Vaccination in Bombay 1902-1912 - 1902-1912
Year: 1902
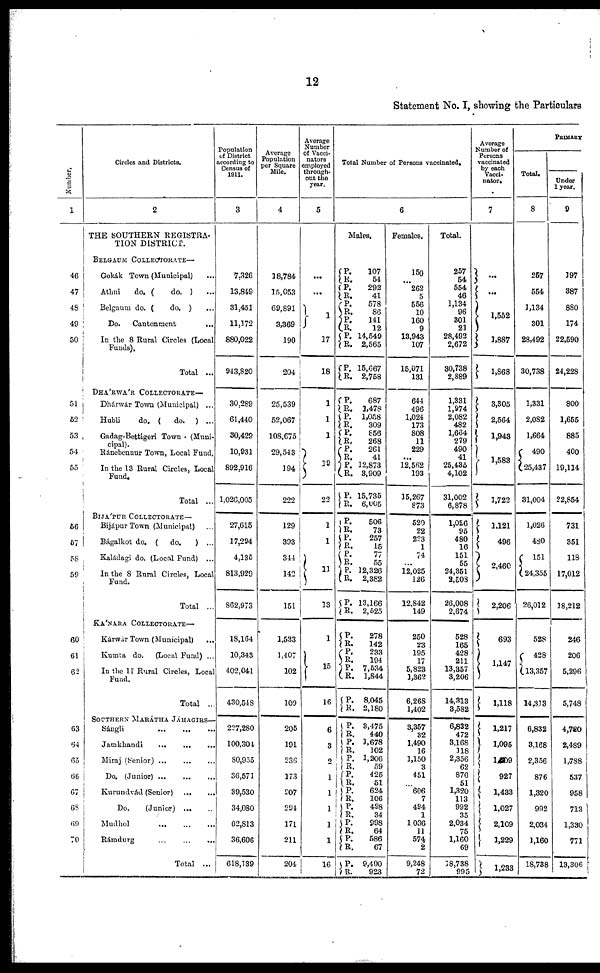
12
Statement No. I, showing the Particulars
Number.
1
46
47
48
49
50
51
52
53
54
55
56
57
58
59
60
61
62
63
64
65
66
67
68
69
70
Circles and Districts.
2
THE SOUTHERN REGISTRA-
TION DISTRICT.
BELGAUM COLLECTORATE—
Gokák Town (Municipal) ...
Athni
do. (
do. ) ...
Belgaum do. (
do. ) ...
Do. Cantonment
...
In the 8 Rural Circles (Local
Funds).
Total ...
DHÁRWÁR COLLECTORATE—
Dhárwár Town (Municipal) ...
Hubli do. (
do. ) ...
Gadag-Bettigeri Town . (Muni¬
cipal).
Ránebennur Town, Local Fund.
In the 13 Rural Circles, Local
Fund.
Total ...
BIJÁPUR COLLECTORATE—
Bijápur Town (Municipal) ...
Bágalkot do. ( do.
) ...
Kaládagi do. (Local Fund) ...
In the 8 Rural Circles, Local
Fund.
Total ...
KÁNARA COLLECTORATE—
Kárwár Town (Municipal) ...
Kumta do. (Local Fund) ...
In the 11 Rural Circles, Local
Fund.
Total ...
SOUTHERN MARÁTHA JÁHAGIRS—
Sángli
...
... ...
Jamkhandi
...
...
...
Miraj (Senior)
...
...
...
Do. (Junior) ... ... ...
Kurundvád (Senior)
...
...
Do.
(Junior)
...
...
Mudhol
...
...
...
Rámdurg
...
...
...
Total ...
Population
of District
according to
Census of
1911.
3
7,326
13,849
31,451
11,172
880,022
943,820
30,289
61,440
30,429
10,931
892,916
1,026,005
27,615
17,294
4,135
813,929
862,973
18,164
10,343
402,041
430,548
227,280
100,304
80,955
36,571
39,530
34,080
62,813
36,606
618,139
Average
Population
per Square
Mile.
4
18,784
15,053
69,891
3,369
190
204
25,539
52,067
108,675
29,543
194
222
129
393
344
142
151
1,533
1,407
102
109
205
191
236
173
207
294
171
211
204
Average
Number
of Vacci¬
nators
employed
through-
out the
year.
5
...
...
1
17
18
1
1
1
19
22
1
1
11
13
1
15
16
6
3
2
1
1
1
1
1
16
Total Number of Persons vaccinated.
6
Males.
P.
R.
P.
R.
P.
R.
P.
R.
P.
R.
P.
R.
107
54
292
41
578
86
141
12
14,549
2,565
15,667
2,758
P.
R.
P.
R.
P.
R.
P.
R. P.
R.
P.
R.
687
1,478
1,058
309
856
268
261
41
12,873
3,909
15,735
6,005
P.
R.
P.
R.
P.
R.
P.
R.
P.
R.
506
73
257
15
77
55
12,326
2,382
13,166
2,525
P.
R.
P.
R.
P.
R.
P.
R.
278
142
233
194
7,534
1,844
8,045
2,180
P.
R.
P.
R.
P.
R.
P.
R. P.
R.
P.
R.
P. R.
P.
R.
P.
R.
3,475
440
1,678
102
1,206
59
425
51
624
106
498
34
998
64
586
67
9,490
923
Females.
150
...
262
5
556
10
160
9
13,943
107
15,071
131
644
496
1,024
173
808
11
229
...
12,562
193
15,267
873
520
22
223
1
74
...
12,025
126
12,842
149
250
23
195
17
5,823
1,362
6,268
1,402
3,357
32
1,490
16
1,150
3
451
...
606
7
494
1
1,036
11
574
2
9,248
72
Total.
257
54
554
46
1,134
96
301
21
28,492
2,672
30,738
2,889
1,331
1,974
2,082
482
1,664
279
490
41
25,435
4,102
31,002
6,878
1,026
95
480
16
151
55
24,351
2,508
26,008
2,674
528
165
428
211
13,357
3,206
14,313
3,582
6,832
472
3,168
118
2,356
62
876
51
1,320
113
992
35
2,034
75
1,160
69
18,738
995
Average
Number of
Persons
vaccinated
by each
Vacci¬
nator.
7
...
...
1,552
1,887
1,868
3,305
2,564
1,943
1,583
1,722
1,121
496
2,460
2,206
693
1,147
1,118
1,217
1,095
1,209
927
1,433
1,027
2,109
1,229
1,233
PRIMARY
Total.
8
257
554
1,134
301
28,492
30,738
1,331
2,082
1,664
490
25,437
31,004
1,026
480
151
24,355
26,012
528
428
13,357
14,313
6,832
3,168
2,356
876
1,320
992
2,034
1,160
18,738
Under
1 year.
9
197
387
880
174
22,590
24,228
800
1,655
885
400
19,114
22,854
731
351
118
17,012
18,212
246
206
5,296
5,748
4,720
2,489
1,788
537
958
713
1,330
771
13,306